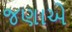
જણાએ